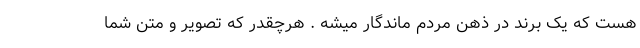
هست که یک برند در ذهن مردم ماندگار میشه . هرچقدر که تصویر و متن شما